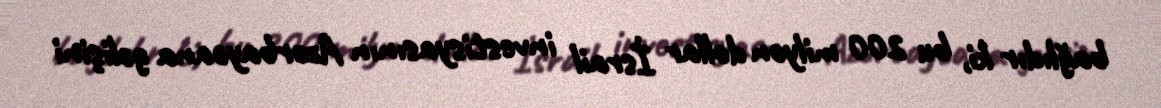
bağlıdır ki, bu 200 milyon dollar İsrail investisyasının Azərbaycana gəlişini